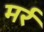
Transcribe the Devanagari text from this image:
मर्र